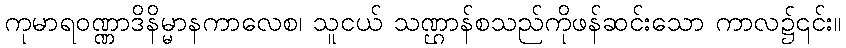
ကုမာရဝဏ္ဏာဒိနိမ္မာနကာလေစ၊ သူငယ် သဏ္ဌာန်စသည်ကိုဖန်ဆင်းသော ကာလ၌၎င်း။